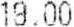
19.00